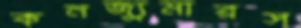
কনজ্যুমারস